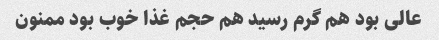
عالی بود هم گرم رسید هم حجم غذا خوب بود ممنون